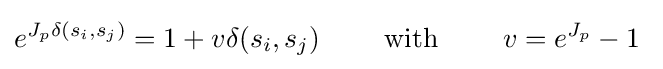
e^{J_{p}\delta (s_{i},s_{j})}=1+v\delta (s_{i},s_{j})\qquad {\text{ with }}\qquad v=e^{J_{p}}-1\